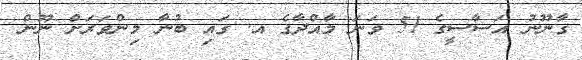
ގާނޫނު އަސާސީގެ 51 ވަނަ މާއްދާގެ އ. ގައި ބުނާ މިންވަރަށް ނޫން